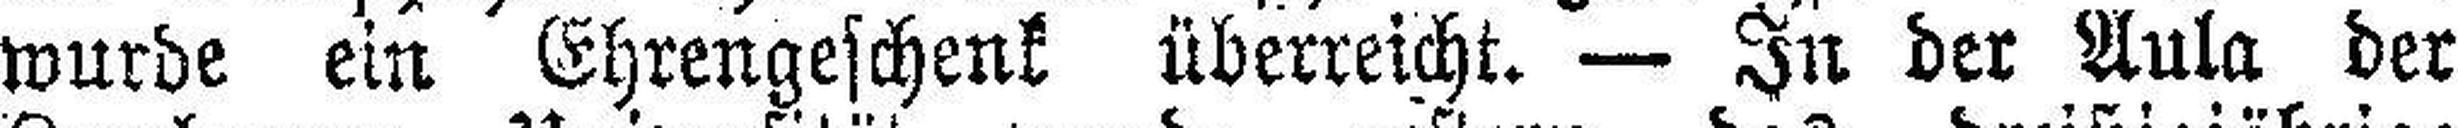
wurde ein Ehrengeschenk überreicht. — In der Aula der